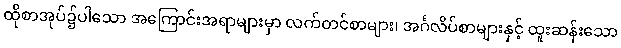
ထိုစာအုပ်၌ပါသော အကြောင်းအရာများမှာ လက်တင်စာများ၊ အင်္ဂလိပ်စာများနှင့် ထူးဆန်းသော